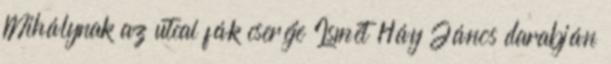
Mihálynak az utcai fák cseréje Ismét Háy János darabján